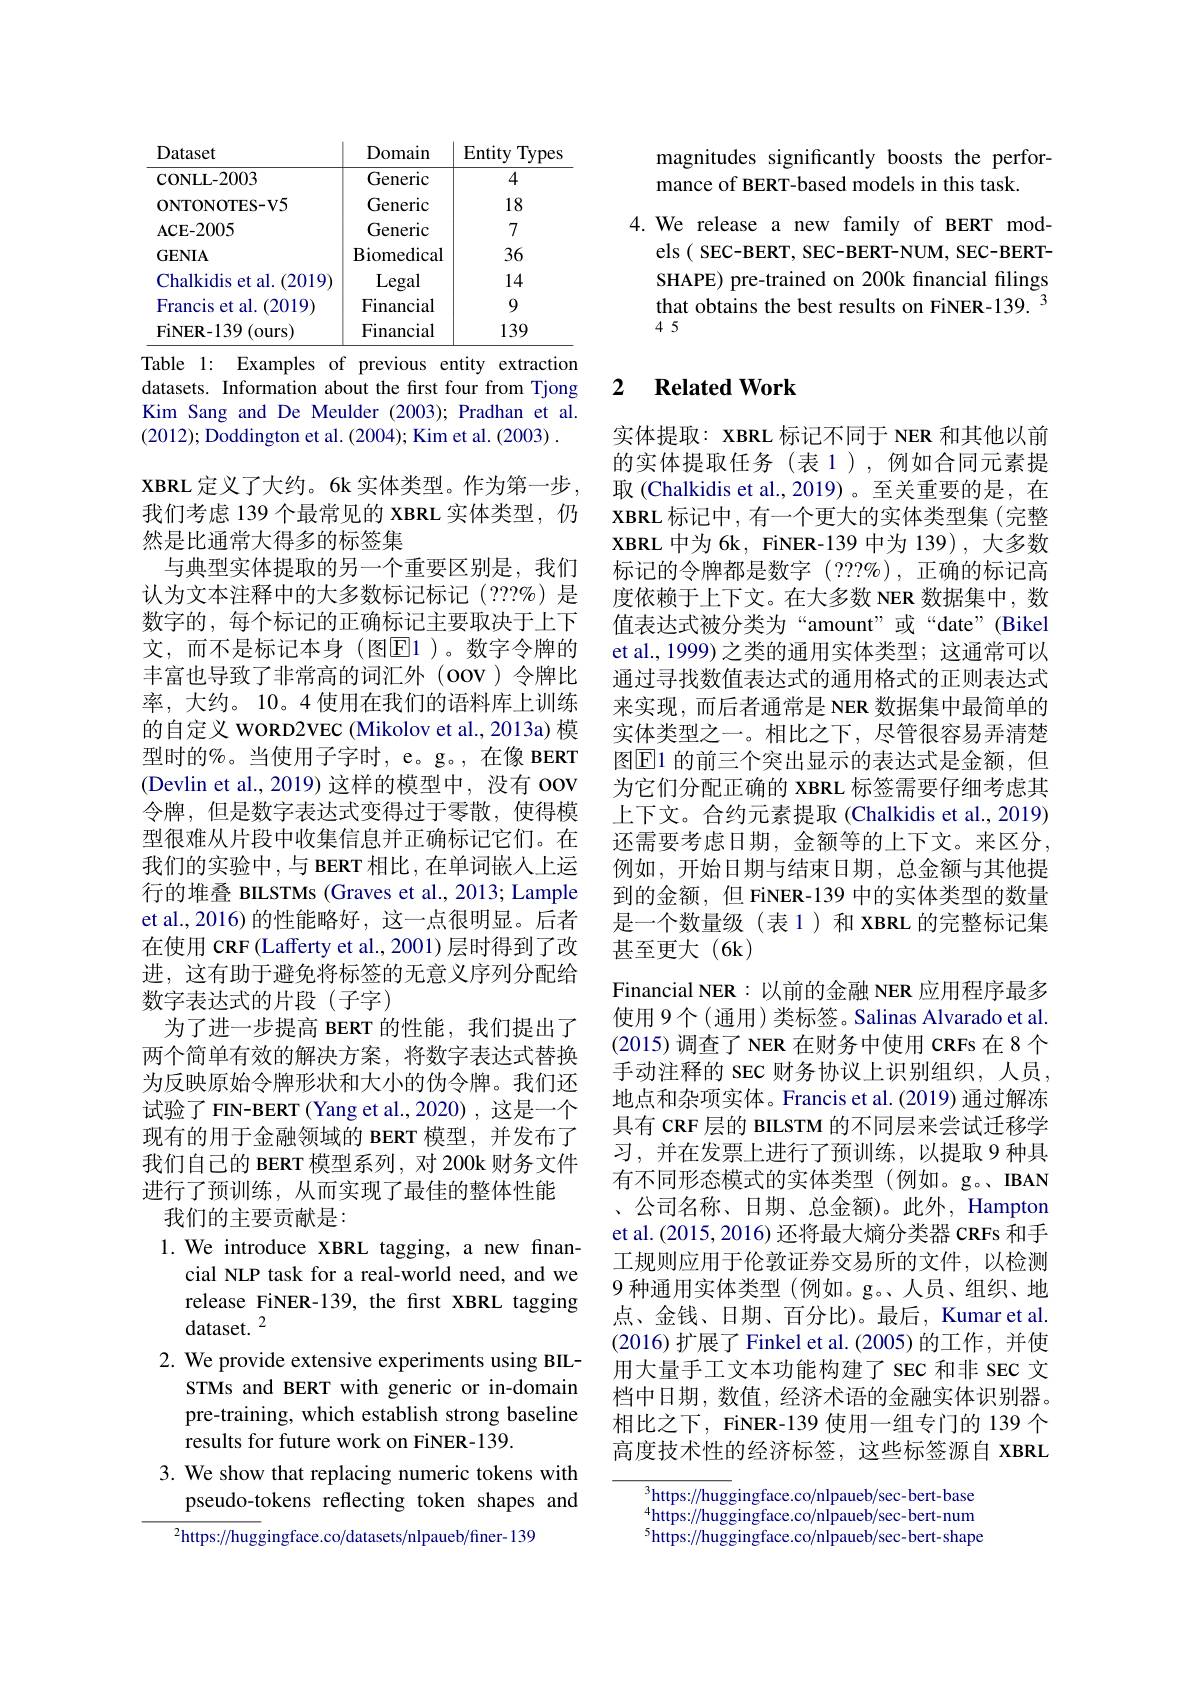
<table>
	<tbody>
		<tr>
			<th>Dataset</th>
			<th>Domain</th>
			<th>Entity Types</th>
		</tr>
		<tr>
			<td>CONLL- 2003</td>
			<td>Generic</td>
			<td>4</td>
		</tr>
		<tr>
			<td>ONTONOTES- V5</td>
			<td>Generic</td>
			<td>18</td>
		</tr>
		<tr>
			<td>$\mathbf{ACE-2005}$</td>
			<td>Generic</td>
			<td>7</td>
		</tr>
		<tr>
			<td>$\mathbf{GENIA}$</td>
			<td>Biomedical</td>
			<td>36</td>
		</tr>
		<tr>
			<td>Chalkidis et al. ( 2019) </td>
			<td>Legal</td>
			<td>14</td>
		</tr>
		<tr>
			<td>Francis et al. (2019)</td>
			<td>Financial</td>
			<td>9</td>
		</tr>
		<tr>
			<td>FiNER- 139 ( ours) </td>
			<td>Financial</td>
			<td>139</td>
		</tr>
	</tbody>
</table>
Table 1: Examples of previous entity extraction

datasets. Information about the frst four from Tjong Kim Sang and De Meulder (2003); Pradhan et al. (2012); Doddington et al. (2004); Kim et al. (2003).
XBRL 定义了大约。6k 实体类型。作为第一步， 我们考虑 139 个最常见的 XBRL 实体类型，仍然是比通常大得多的标签集
与典型实体提取的另一个重要区别是，我们认为文本注释中的大多数标记标记(???%)是数字的，每个标记的正确标记主要取决于上下文，而不是标记本身(图$\overline{\mathrm{E}}1$)。数字令牌的丰富也导致了非常高的词汇外(oov)令牌比率，大约。10。4 使用在我们的语料库上训练的自定义 WORD2VEC (Mikolov et al., 2013a) 模型时的%。当使用子字时，e。g。,在像 BERT (Devlin et al., 2019) 这样的模型中，没有 OOV 令牌，但是数字表达式变得过于零散，使得模型很难从片段中收集信息并正确标记它们。在我们的实验中，与 BERT 相比，在单词嵌人上运行的堆叠 BILSTMs (Graves et al., 2013; Lample et al., 2016) 的性能略好，这一点很明显。后者在使用 CRF(Lafferty et al., 2001) 层时得到了改进，这有助于避免将标签的无意义序列分配给数字表达式的片段(子字)
为了进一步提高 BERT 的性能，我们提出了两个简单有效的解决方案，将数字表达式替换为反映原始令牌形状和大小的伪令牌。我们还试验了 FIN-BERT (Yang et al.,2020), 这是一个现有的用于金融领域的 BERT 模型，并发布了我们自己的 BERT 模型系列，对 200k 财务文件进行了预训练，从而实现了最佳的整体性能
我们的主要贡献是：
1.We introduce XBRL tagging, a new finan-
cial NLP task for a real-world need, and we

release FiNER-139, the first XBRL tagging
dataset. 2
2. We provide extensive experiments using BIL-
STMs and BERT with generic or in-domain pre-training, which establish strong baseline results for future work on FiNER-139.
3. We show that replacing numeric tokens with
pseudo-tokens reflecting token shapes and
$^{2}$https://huggingface.co/datasets/nlpaueb/finer-139

magnitudes significantly boosts the perfor-
mance of BERT-based models in this task.

4. We release a new family of BERT mod-
els ( SEC-BERT, SEC-BERT-NUM, SEC-BERTSHAPE) pre-trained on 200k financial filings that obtains the best results on FiNER-139. 345

### 2 $\textbf{Related Work}$

实体提取：XBRL 标记不同于 NER 和其他以前的实体提取任务(表1),例如合同元素提取(Chalkidis et al.,2019)。至关重要的是，在XBRL 标记中，有一个更大的实体类型集 (完整XBRL 中为 6k, FiNER-139 中为 139) ,大多数标记的令牌都是数字(???%),正确的标记高度依赖于上下文。在大多数 NER 数据集中，数值表达式被分类为“amount”或“date”(Bikel et al., 1999) 之类的通用实体类型；这通常可以通过寻找数值表达式的通用格式的正则表达式来实现，而后者通常是 NER 数据集中最简单的实体类型之一。相比之下，尽管很容易弄清楚图$\boxed{\mathrm{E}}1$ 的前三个突出显示的表达式是金额，但为它们分配正确的 XBRL 标签需要仔细考虑其上下文。合约元素提取(Chalkidis et al., 2019) 还需要考虑日期，金额等的上下文。来区分， 例如，开始日期与结束日期，总金额与其他提到的金额，但 FiNER-139 中的实体类型的数量是一个数量级(表1)和 XBRL 的完整标记集甚至更大(6k)
Financial NER:以前的金融 NER 应用程序最多使用 9个(通用)类标签。Salinas Alvarado et al. (2015)调查了NER 在财务中使用 CRFs 在 8 个手动注释的 SEC 财务协议上识别组织，人员， 地点和杂项实体。Francis et al.(2019) 通过解冻具有 CRF 层的 BILSTM 的不同层来尝试迁移学习，并在发票上进行了预训练，以提取 9 种具有不同形态模式的实体类型(例如。g。IBAN 、公司名称、日期、总金额)。此外，Hampton et al. (2015, 2016) 还将最大熵分类器 CRFs 和手工规则应用于伦敦证券交易所的文件，以检测9 种通用实体类型 (例如。g。人员、组织、地点、金钱、日期、百分比)。最后，Kumar et al (2016)扩展了 Finkel et al. (2005)的工作，并使用大量手工文本功能构建了 SEC 和非 SEC 文档中日期，数值，经济术语的金融实体识别器。相比之下，FiNER-139 使用一组专门的 139 个高度技术性的经济标签，这些标签源自 XBRL

$^3$https://huggingface.co/nlpaueb/sec-bert-base $^{4}$https://huggingface.co/nlpaueb/sec-bert-num $^{5}$https://huggingface.co/nlpaueb/sec-bert-shape